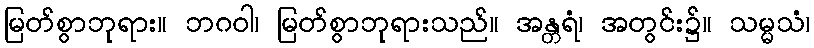
မြတ်စွာဘုရား။ ဘဂဝါ၊ မြတ်စွာဘုရားသည်။ အန္တရံ၊ အတွင်း၌။ သမ္မသံ၊